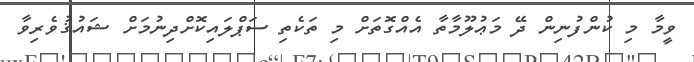
ވީމާ މި ކުންފުނިން ދޭ މަޢުލޫމާތާ އެއްގޮތަށް މި ތަކެތި ސަޕްލައިކޮށްދިނުމަށް ޝައުޤުވެރިވާ